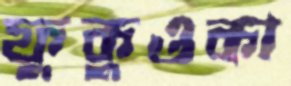
ফুকুওকা